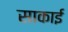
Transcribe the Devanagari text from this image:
साकाई